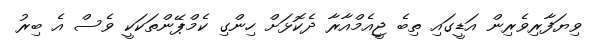
ވިޔަފާރިވެރިން އަޑީގައި ތިބެ ޖީއެމްއާރާ ދެކޮޅަށް ހިންގި ކެމްޕޭންތަކަކީ ވެސް އެ ބިރު